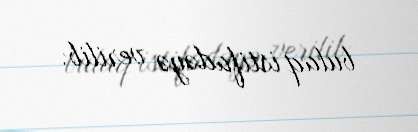
bulaq istifadəyə verilib.